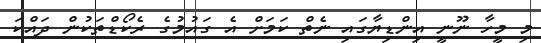
މި މީހާ ނޫނީ އިންޑިޔާގައި ނެތް ކަމަށް އެ ގައުމުގެ ރެކޯޑްތަކުން ދައްކަ